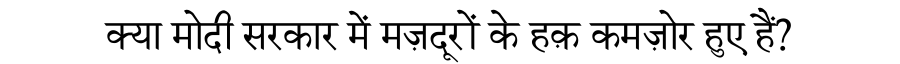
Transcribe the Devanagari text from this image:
क्या मोदी सरकार में मज़दूरों के हक़ कमज़ोर हुए हैं?